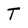
Character: T